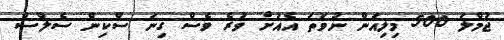
ޖުމްލަ 500 މިލިއަން ނުވަތަ އެއަށް ވުރެ ވެސް ގިނަ ސްކިން ސެލްސް